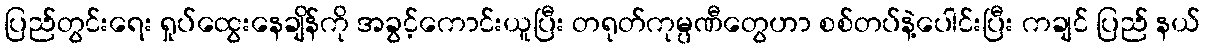
ပြည်တွင်းရေး ရှုပ်ထွေးနေချိန်ကို အခွင့်ကောင်းယူပြီး တရုတ်ကုမ္ပဏီတွေဟာ စစ်တပ်နဲ့ပေါင်းပြီး ကချင် ပြည် နယ်